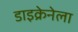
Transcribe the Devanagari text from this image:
डाइक्रेनेला